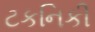
ટકનિકી